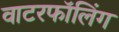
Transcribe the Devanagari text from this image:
वाटरफॉलिंग